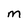
Character: M